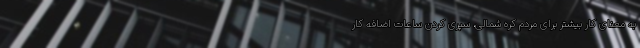
به معنای کار بیشتر برای مردم کره شمالی، سپری کردن ساعات اضافه کار